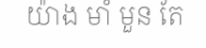
យ៉ាង មាំ មួន តែ